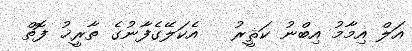
އަލް އިމާމު އިބްނު ކަޘީރު   އެކަލޭގެފާނުގެ ތާރީޚު ފޮތް